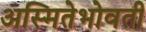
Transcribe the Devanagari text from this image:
अस्मितेभोवती